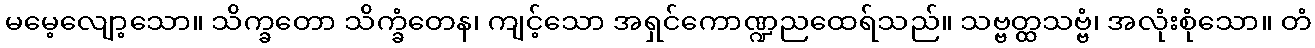
မမေ့လျော့သော။ သိက္ခတော သိက္ခံတေန၊ ကျင့်သော အရှင်ကောဏ္ဍညထေရ်သည်။ သဗ္ဗတ္ထသဗ္ဗံ၊ အလုံးစုံသော။ တံ